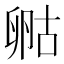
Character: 𠷞